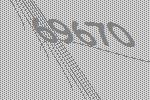
69670